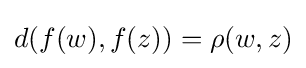
d(f(w),f(z))=\rho (w,z)